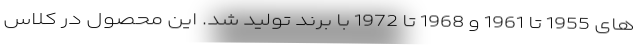
های 1955 تا 1961 و 1968 تا 1972 با برند تولید شد. این محصول در کلاس